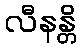
လီနန္တိ